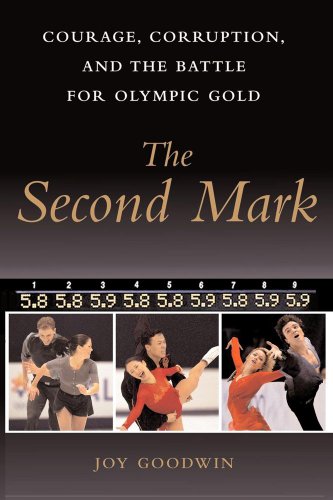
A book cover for The Second Mark: Courage, Corruption, and the Battle for Olympic Gold; Joy Goodwin; Sports & Outdoors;